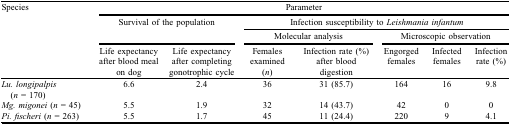
<table><thead><tr><td><b>Species</b></td><td colspan="7"><b>Parameter</b></td></tr><tr><td></td><td colspan="2"><b>Survival of the population</b></td><td colspan="5"><b>Infection susceptibility to <i>Leishmania infantum</i></b></td></tr><tr><td></td><td colspan="2"></td><td colspan="2"><b>Molecular analysis</b></td><td colspan="3"><b>Microscopic observation</b></td></tr><tr><td></td><td><b>Life expectancy after blood meal on dog</b></td><td><b>Life expectancy after completing gonotrophic cycle</b></td><td><b>Females examined (<i>n</i>)</b></td><td><b>Infection rate (%) after blood digestion</b></td><td><b>Engorged females</b></td><td><b>Infected females</b></td><td><b>Infection rate (%)</b></td></tr></thead><tbody><tr><td><i>Lu. longipalpis</i> (<i>n</i> = 170)</td><td>6.6</td><td>2.4</td><td>36</td><td>31 (85.7)</td><td>164</td><td>16</td><td>9.8</td></tr><tr><td><i>Mg. migonei</i> (<i>n</i> = 45)</td><td>5.5</td><td>1.9</td><td>32</td><td>14 (43.7)</td><td>42</td><td>0</td><td>0</td></tr><tr><td><i>Pi. fischeri</i> (<i>n</i> = 263)</td><td>5.5</td><td>1.7</td><td>45</td><td>11 (24.4)</td><td>220</td><td>9</td><td>4.1</td></tr></tbody></table>